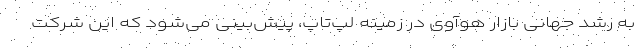
به رشد جهانی بازار هوآوی در زمینه لپ‌تاپ، پیش‌بینی می‌شود که این شرکت